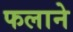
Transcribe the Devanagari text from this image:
फलाने